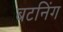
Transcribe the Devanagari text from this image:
बटनिंग